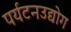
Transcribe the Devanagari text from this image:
पर्यटनउद्योग